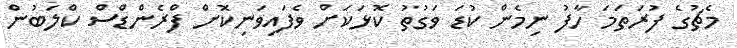
މެޗުގެ ފުރަތަމަ ހާފު ނިމެން ކުޑަ ވަގުތު ކޮޅަކަށް ވެފައިވަނިކޮށް ފްރެންޑްސް ކްލަބުން